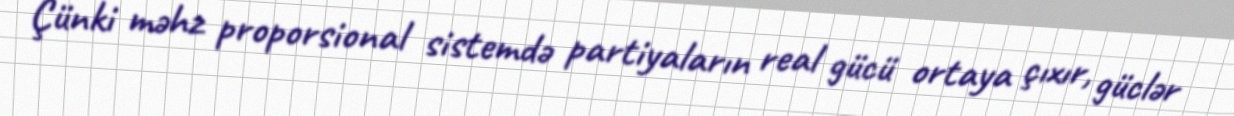
Çünki məhz proporsional sistemdə partiyaların real gücü ortaya çıxır, güclər